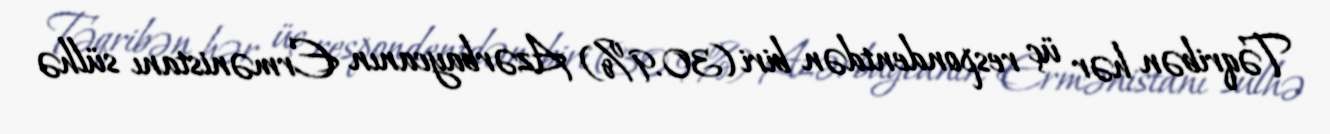
Təqribən hər üç respondentdən biri (30.9%) Azərbaycanın Ermənistanı sülhə